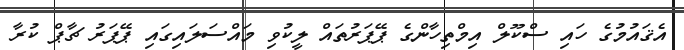
އެޤައުމުގެ ހައި ސްކޫލް އިމްތިހާންގެ ޕޭޕަރުތައް ލީކުވި މައްސަލައިގައި ޕޭޕަރު ޗާޕް ކުރާ